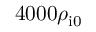
4 0 0 0 \rho _ { \mathrm { i 0 } }